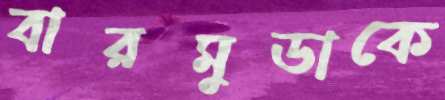
বারমুডাকে